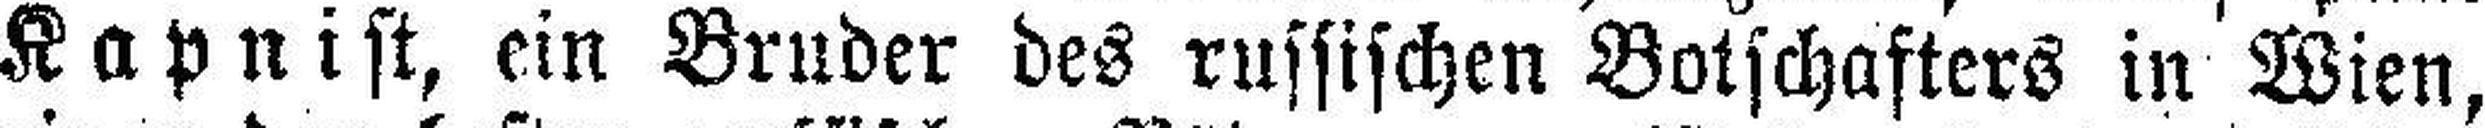
Kapnist, ein Bruder des russischen Botschafters in Wien,